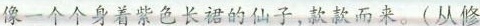
像一个个身着紫色长裙的仙子,款款而来。(从修